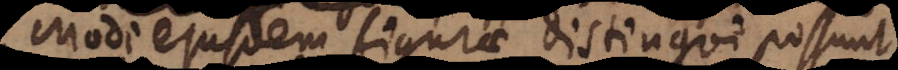
Modi ejusdem figurae distingui possunt